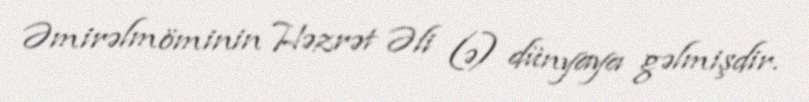
Əmirəlmöminin Həzrət Əli (ə) dünyaya gəlmişdir.